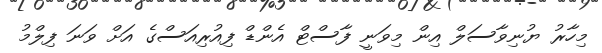
މިހާރު ޔުނިވާސަލް އިން މިވަނީ ފާސްޓް އެންޑް ފިއުރިއަސްގެ އަށް ވަނަ ފިލްމު